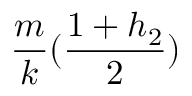
\frac { m } { k } ( \frac { 1 + h _ { 2 } } { 2 } )